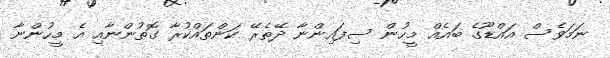
ނަމަވެސް އައްޑޫގެ ބައެއް މީހުން ސިފައިންނާ ދޭތެރޭ ކަންތައްކުރާ ގޮތުންނާއި އެ މީހުންނާ